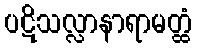
ပဋိသလ္လာနာရာမတ္ထံ